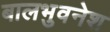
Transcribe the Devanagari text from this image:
बालभुवनेश